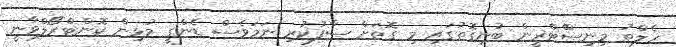
ހެލްތު މިނިސްްޓްރީން ބުނިގޮތުގައި މި ގޮތަށް ސާފުކުރި ނަމަވެސް ޑެންގީ މުޅިން ކޮންޓްރޯލްވާނީ